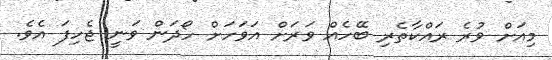
މިއަށް ވުރެ ރައްކާތެރި ބޭހެއް ވަރަށް އަވަހަށް ހޯދަން ވަނީ ޖެހިފަ އެވެ.